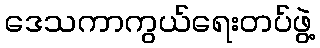
ဒေသကာကွယ်ရေးတပ်ဖွဲ့